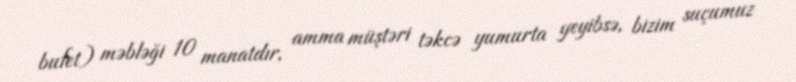
bufet) məbləği 10 manatdır, amma müştəri təkcə yumurta yeyibsə, bizim suçumuz